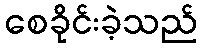
စေခိုင်းခဲ့သည်